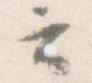
云